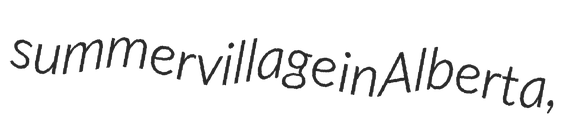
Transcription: summer village in Alberta,